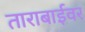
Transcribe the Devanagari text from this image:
ताराबाईवर